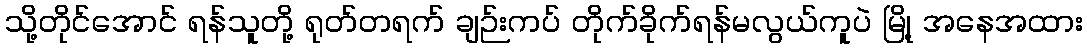
သို့တိုင်အောင် ရန်သူတို့ ရုတ်တရက် ချဉ်းကပ် တိုက်ခိုက်ရန်မလွယ်ကူပဲ မြို့ အနေအထား